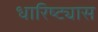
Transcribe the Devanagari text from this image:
धारिष्ट्यास